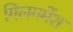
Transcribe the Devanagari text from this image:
गिलगमेंश